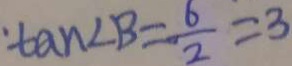
\cdot \tan \angle B = \frac { 6 } { 2 } = 3